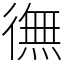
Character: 㣳